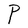
Character: P